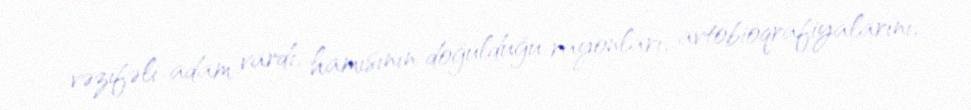
vəzifəli adam vardı, hamısının doğulduğu rayonları, avtobioqrafiyalarını,